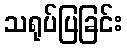
သရုပ်ပြခြင်း